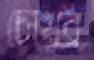
চোখর